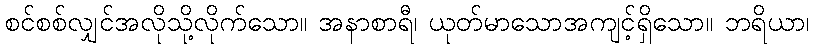
စင်စစ်လျှင်အလိုသို့လိုက်သော။ အနာစာရီ၊ ယုတ်မာသောအကျင့်ရှိသော။ ဘရိယာ၊